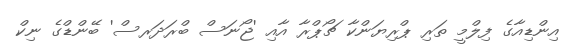
އިންޑިއާގެ ފިލްމީ ތަރި ޕްރިޔަންކާ ޗޯޕްރާ އާއި 'ޖޯނަސް ބްރަދަރސް' ބޭންޑްގެ ނިކް